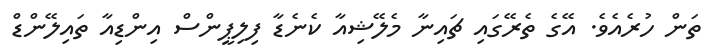
ތަން ހުރެއެވެ. އޭގެ ތެރޭގައި ޗައިނާ މެލޭޝިއާ ކެނެޑާ ފިލިޕީންސް އިންޑިއާ ތައިލޭންޑް